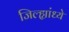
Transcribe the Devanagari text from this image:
जिल्ह्यांध्ये